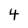
Character: 4